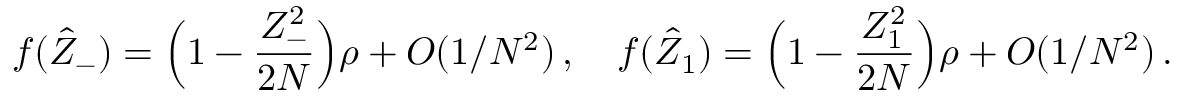
f ( \hat { Z } _ { - } ) = \Bigl ( 1 - { \frac { Z _ { - } ^ { 2 } } { 2 N } } \Bigr ) \rho + { \cal O } ( 1 / N ^ { 2 } ) \, , \quad f ( \hat { Z } _ { 1 } ) = \Bigl ( 1 - { \frac { Z _ { 1 } ^ { 2 } } { 2 N } } \Bigr ) \rho + { \cal O } ( 1 / N ^ { 2 } ) \, .